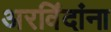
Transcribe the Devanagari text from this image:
अरविंदांना